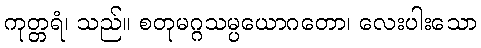
ကုတ္တရံ၊ သည်။ စတုမဂ္ဂသမ္ပယောဂတော၊ လေးပါးသော